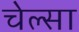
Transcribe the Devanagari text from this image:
चेल्सा